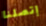
إتصلنا